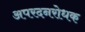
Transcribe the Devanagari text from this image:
अपरदनरोधक